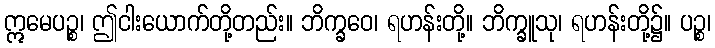
ဣမေပဉ္စ၊ ဤငါးယောက်တို့တည်း။ ဘိက္ခဝေ၊ ရဟန်းတို့။ ဘိက္ခူသု၊ ရဟန်းတို့၌။ ပဉ္စ၊